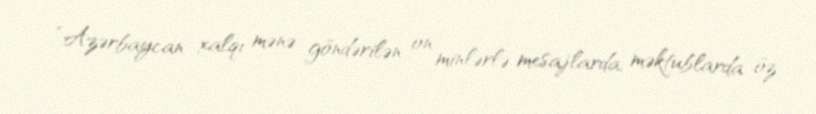
“Azərbaycan xalqı mənə göndərilən on minlərlə mesajlarda, məktublarda öz